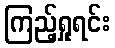
ကြည့်ရှုရင်း